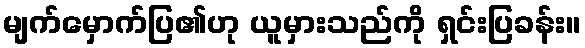
မျက်မှောက်ပြ၏ဟု ယူမှားသည်ကို ရှင်းပြခန်း။